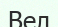
Вел